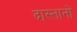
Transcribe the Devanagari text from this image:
दास्तानों